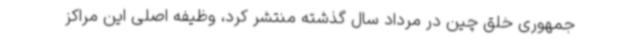
جمهوری خلق چین در مرداد سال گذشته منتشر کرد، وظیفه اصلی این مراکز